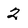
Character: 2